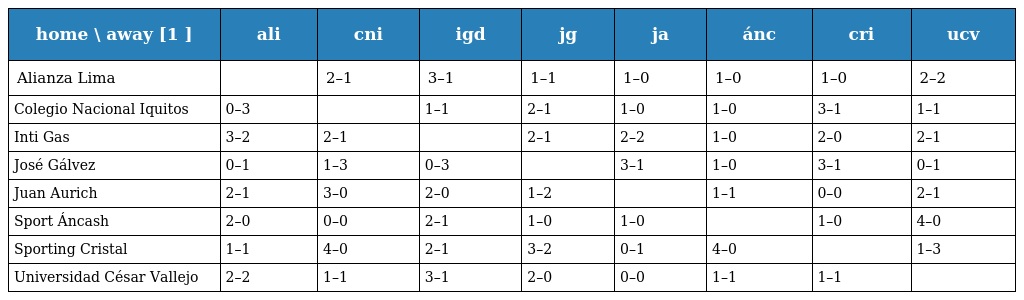
| home \ away [1 ] | ali | cni | igd | jg | ja | ánc | cri | ucv |
 | --- | --- | --- | --- | --- | --- | --- | --- | --- |
 | Alianza Lima |  | 2–1 | 3–1 | 1–1 | 1–0 | 1–0 | 1–0 | 2–2 |
 | Colegio Nacional Iquitos | 0–3 |  | 1–1 | 2–1 | 1–0 | 1–0 | 3–1 | 1–1 |
 | Inti Gas | 3–2 | 2–1 |  | 2–1 | 2–2 | 1–0 | 2–0 | 2–1 |
 | José Gálvez | 0–1 | 1–3 | 0–3 |  | 3–1 | 1–0 | 3–1 | 0–1 |
 | Juan Aurich | 2–1 | 3–0 | 2–0 | 1–2 |  | 1–1 | 0–0 | 2–1 |
 | Sport Áncash | 2–0 | 0–0 | 2–1 | 1–0 | 1–0 |  | 1–0 | 4–0 |
 | Sporting Cristal | 1–1 | 4–0 | 2–1 | 3–2 | 0–1 | 4–0 |  | 1–3 |
 | Universidad César Vallejo | 2–2 | 1–1 | 3–1 | 2–0 | 0–0 | 1–1 | 1–1 |  |